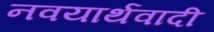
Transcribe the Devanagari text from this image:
नवयार्थवादी